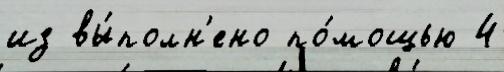
из вы́полн'ено по́мощью 4